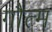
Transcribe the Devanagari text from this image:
गौत्म